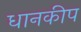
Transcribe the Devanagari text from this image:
धानकीप